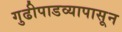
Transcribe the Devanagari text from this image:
गुढीपाडव्यापासून